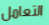
التعامل